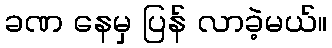
ခဏ နေမှ ပြန် လာခဲ့မယ်။